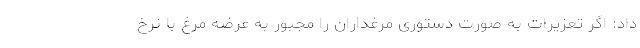
داد: اگر تعزیرات به صورت دستوری مرغداران را مجبور به عرضه مرغ با نرخ